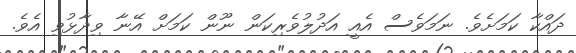
ދަައްކާ ކަމަށެވެ. ނަމަވެސް އެއީ އަދުލުވެރިކަން ނޫން ކަމަށް އޭނާ ވިދާޅުވި އެވެ.